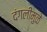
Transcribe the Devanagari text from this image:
दंगलींमुळे